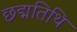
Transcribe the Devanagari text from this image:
छद्मतिथि